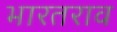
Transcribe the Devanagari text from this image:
भारतराव